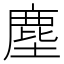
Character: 塵